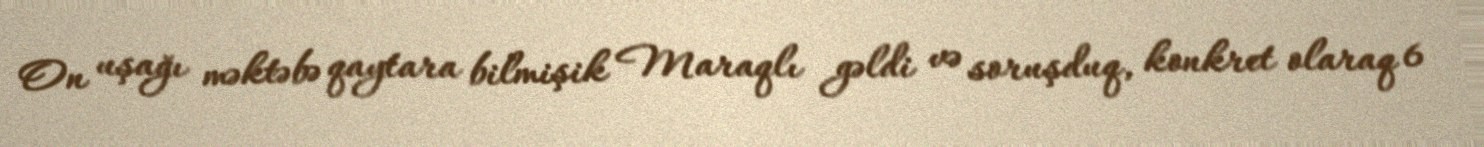
On uşağı məktəbə qaytara bilmişik Maraqlı gəldi və soruşduq, konkret olaraq 6